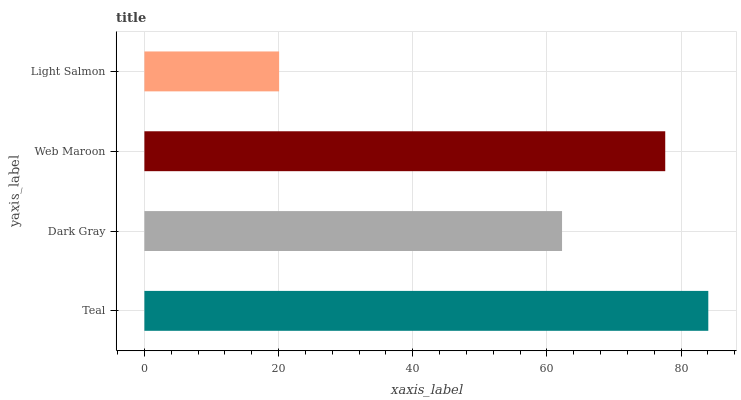
| yaxis_label | bars |
 | --- | --- |
 | Teal | 84.1 |
 | Dark Gray | 62.3 |
 | Web Maroon | 77.6 |
 | Light Salmon | 20.1 |